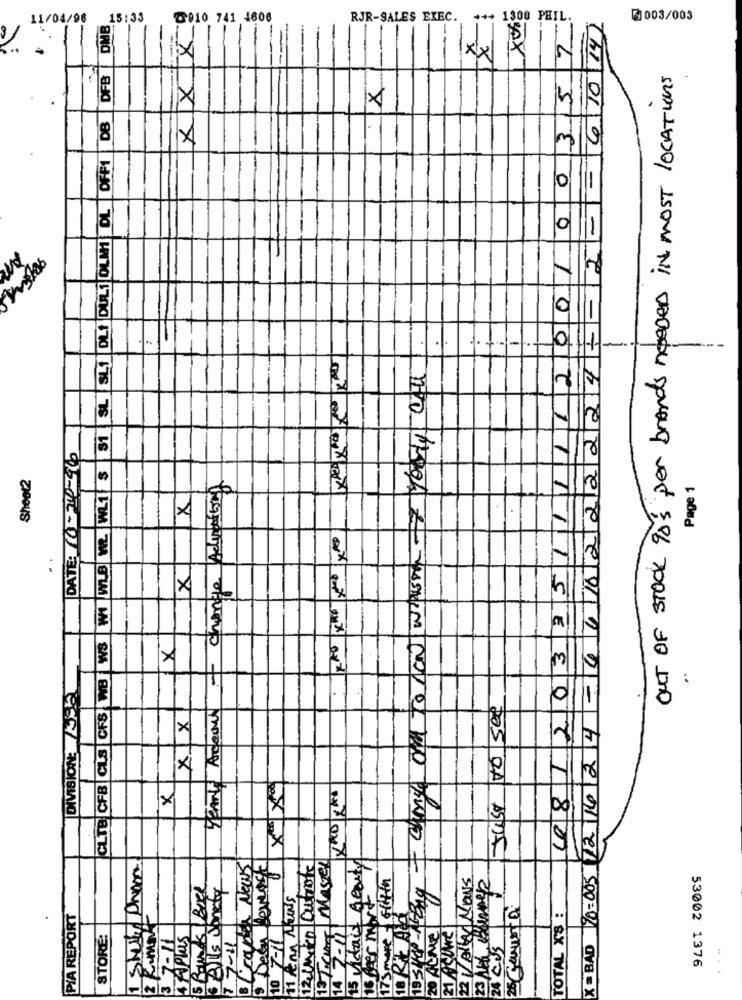
11/04/96 15:33
DFB OMB
₾910 741 4606
RJR-SALES EXEC. +++ 1300 PHIL.
Xvi
4 10 14)
@003/003
X
00357
XX
OUT OF STOCK 90's per brands needed in most locations
XX
X
DB
1 SL SL1 DL1 DUFL1 DLM1 DL OFF1
011
--
001
12 16 24- 4416222224 --
2
I ching and To www whom- forty call
1
DATE: (+3-15
WI WLB W WL1 $
Sheet2
change Adventbring
Page 1
x
6812032511
CLTB CFB CLS GFS WB W3
X
DIVISIONE 535
Yearly Aceous
to see
XIX
XRD XXX
X
Just
13 Temp|Master
Hair Beauty
cauda News
1 Seen Reverse
12 Muito Cuteote
170=005
Beer mort
more cotta
22 VAlly Nous
BIIs Jonety
11 AM MUNIS
&t AZ
25 Gouver D
PIA REPORT
7-11
3-11
TOTAL X'8 :
10 7-7
ALME
21 ASUNE
STORE:
3 7-11
24 Cds
X = BAD
53002 1376
15
14